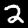
Label: 2